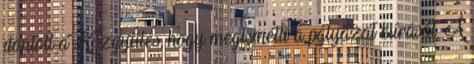
döntött a Közgyűlés, hogy megismétli a pályázat kiírását. A